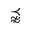
\precnapprox